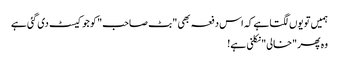
ہمیں تو یوں لگتا ہے کہ اس دفعہ بھی "بٹ صاحب" کو جو کیسٹ دی گئی ہے
وہ پھر "خالی" نکلنی ہے!